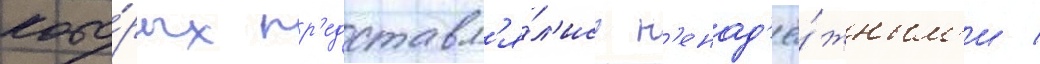
кото́рых пр'едставл'я́л'ись н'енад'ё́жным'и /